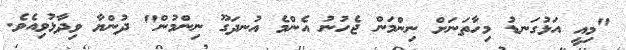
"މިއީ އަޅުގަނޑު މިހާތަނަށް ނިންމަން ޖެހުނު އެންމެ އުނދަގޫ ނިންމުން" ދުންޔާ ވިދާޅުވިއެވެ.